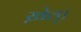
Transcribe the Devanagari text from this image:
ख़ेल्।